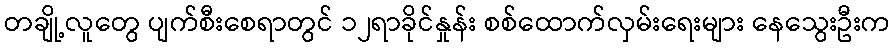
တချို့လူတွေ ပျက်စီးစေရာတွင် ၁၂ရာခိုင်နှုန်း စစ်ထောက်လှမ်းရေးများ နေသွေးဦးက